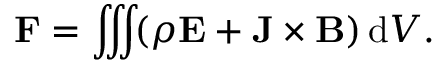
\mathbf { F } = \iiint \! ( \rho \mathbf { E } + \mathbf { J } \times \mathbf { B } ) \, \mathrm { d } V . \,